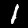
Label: 1